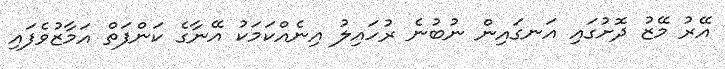
އޭރު މޭޒު ދޮށުގައި އަނގައިން ނުބުނެ ރުހައިލު އިނެއްކަމަކު އޭނާގެ ކަންފަތް އަމާޒުވެފައި